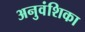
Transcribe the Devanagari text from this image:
अनुवंशिका